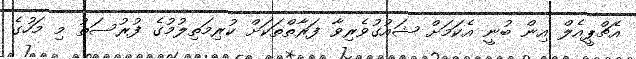
އެޗްޕީއެލް އިން ބުނީ އެކަމަށް ޝައުގުވެރިވާ ފަރާތްތަކަށް ކުރިމަތިލުމުގެ ފުރުސަތު މި މަހުގެ